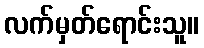
လက်မှတ်ရောင်းသူ။